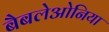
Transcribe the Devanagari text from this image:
बैबलेओनिया